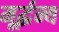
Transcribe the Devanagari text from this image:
मूर्द्धन्य